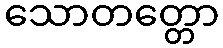
သောတတ္တော